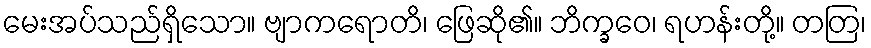
မေးအပ်သည်ရှိသော။ ဗျာကရောတိ၊ ဖြေဆို၏။ ဘိက္ခဝေ၊ ရဟန်းတို့။ တတြ၊